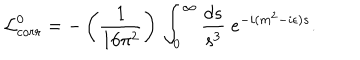
{ \cal L } _ { c o r r } ^ { 0 } = - \left( { \frac { 1 } { 1 6 \pi ^ { 2 } } } \right) \, \int _ { 0 } ^ { \infty } { \frac { d s } { s ^ { 3 } } } \; e ^ { - i ( m ^ { 2 } - i \epsilon ) s } .